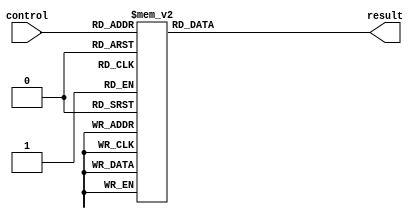
module case_statement(
    input wire [2:0] control,
    output reg [3:0] result
);

always @(control) begin
    case(control)
        3'b000: result = 4'b0000; 
        3'b001: result = 4'b0001;
        3'b010: result = 4'b0010;
        3'b011: result = 4'b0011;
        3'b100: result = 4'b0100;
        3'b101: result = 4'b0101;
        3'b110: result = 4'b0110;
        3'b111: result = 4'b0111;
    endcase
end

endmodule